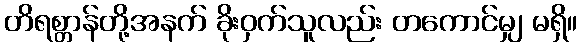
တိရစ္တာန်တို့အနက် ခိုးဝှက်သူလည်း တကောင်မျှ မရှိ။